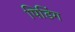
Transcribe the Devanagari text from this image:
पिडिंग